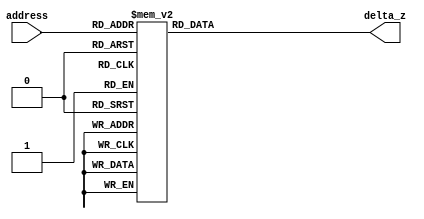
module Hyperbolic_Rom_test #( parameter  data_width = 16, address_width = 4)
(
	input [(address_width-1):0] address,
	output[(data_width-1):0] delta_z
);
	reg [data_width-1:0] rom_content;
	
	always@(address)
		begin
			case(address)
				4'd0: rom_content = 16'h2328;
				4'd0: rom_content = 16'h2328;
				4'd1: rom_content = 16'h1059;
				4'd2: rom_content = 16'h080b;
				4'd3: rom_content = 16'h0401;
				4'd4: rom_content = 16'h0401;
				4'd5: rom_content = 16'h0200;
				4'd6: rom_content = 16'h0100;
				4'd7: rom_content = 16'h0080;
				4'd8: rom_content = 16'h0040;
				4'd9: rom_content = 16'h0020;
				4'd10: rom_content = 16'h0010;
				4'd11: rom_content = 16'h0008;
				4'd12: rom_content = 16'h0004;
				4'd13: rom_content = 16'h0002;
				4'd14: rom_content = 16'h0002;
				4'd15: rom_content = 16'h0001;
			endcase
		end

	assign delta_z = rom_content;
	
endmodule